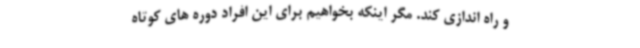
و راه اندازی کند. مگر اینکه بخواهیم برای این افراد دوره های کوتاه